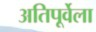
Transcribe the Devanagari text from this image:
अतिपूर्वेला